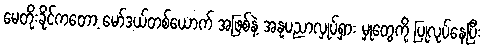
မေတိုးခိုင်ကတော့ မော်ဒယ်တစ်ယောက် အဖြစ်နဲ့ အနုပညာလှုပ်ရှား မှုတွေကို ပြုလုပ်နေပြီး